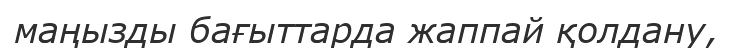
маңызды бағыттарда жаппай қолдану,